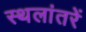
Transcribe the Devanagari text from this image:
स्थलांतरें